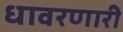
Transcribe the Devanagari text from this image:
धावरणारी